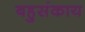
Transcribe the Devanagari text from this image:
बहुसंकाय